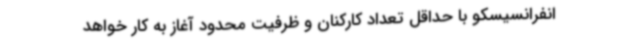
انفرانسیسکو با حداقل تعداد کارکنان و ظرفیت محدود آغاز به کار خواهد